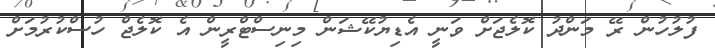
ފުލުހުން ރޭ މަންދު ކޮލެޖަށް ވަނީ އެޑިޔުކޭޝަން މިނިސްޓްރީން އެ ކޮލެޖް ހުސްކުރުމަށް